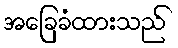
အခြေခံထားသည်